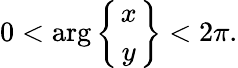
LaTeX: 0<\arg\left\{ {x\atop y}\right\} <2\pi.